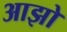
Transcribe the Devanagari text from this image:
आझो